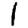
Digit: 1